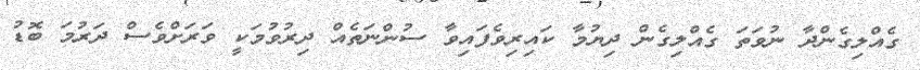
ގެއްލިގެންދާ ނުވަތަ ގެއްލިގެން ދިޔުމާ ކައިރިވެފައިވާ ސުންނަތެއް ދިރުވުމަކީ ވަރަށްވެސް ދަރުމަ ބޮޑު